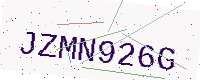
Text: JZMN926G